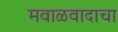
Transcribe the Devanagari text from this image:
मवाळवादाचा